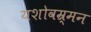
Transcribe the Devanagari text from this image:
यशोवम्र्मन